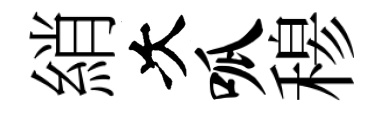
綃次呱𥠇